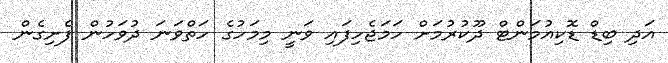
އަދި ބިޑް ޑޮކިއުމަންޓް ދޫކުރުމަށް ހަމަޖެހިފައި ވަނީ މިމަހުގެ ހަތްވަނަ ދުވަހުން ފެށިގެން